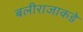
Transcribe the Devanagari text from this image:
बलीराजाकडे